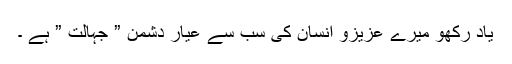
یاد رکھو میرے عزیزو انسان کی سب سے عیار دشمن ” جہالت ” ہے ۔